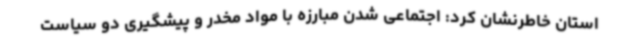
استان خاطرنشان کرد: اجتماعی شدن مبارزه با مواد مخدر و پیشگیری دو سیاست